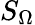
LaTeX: S_{\Omega}